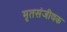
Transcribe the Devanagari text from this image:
मृतसंजीवक